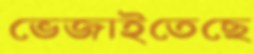
ভেজাইতেছে